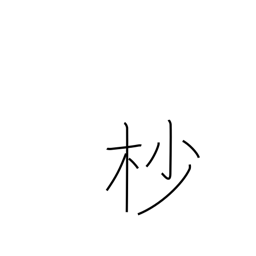
Meaning: treetop